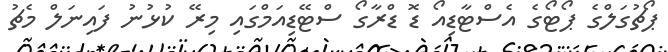
ޕޯޗުގަލްގެ ޕޯޓޯގެ އެސްޓާޑިއޯ ޑޮ ޑްރާގޯ ސްޓޭޑިއަމްގައި މިރޭ ކުޅުނު ފައިނަލް މެޗު